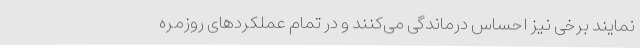
‌نمایند برخی نیز احساس درماندگی می‌کنند و در تمام عملکردهای روزمره